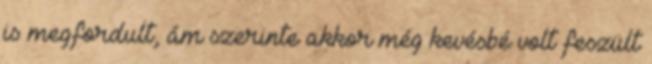
is megfordult, ám szerinte akkor még kevésbé volt feszült